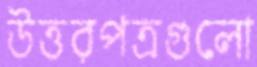
উত্তরপত্রগুলো